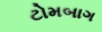
ટોમબાગ